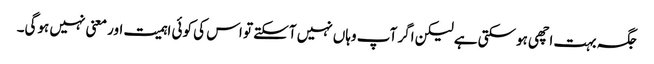
جگہ بہت اچھی ہوسکتی ہے لیکن اگر آپ وہاں نہیں آسکتے تو اس کی کوئی اہمیت اور معنی نہیں ہوگی۔